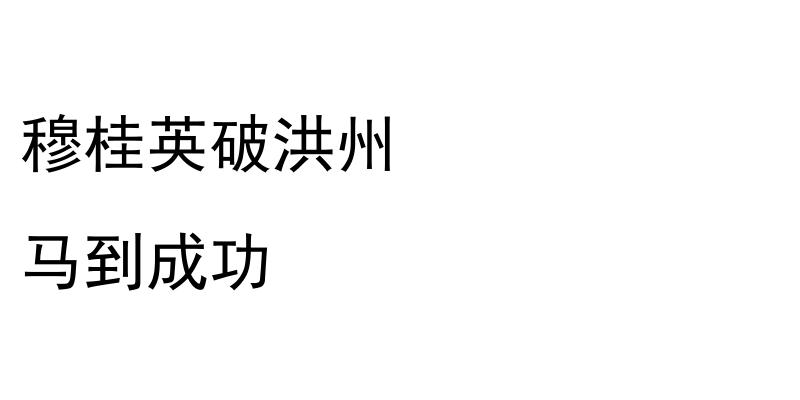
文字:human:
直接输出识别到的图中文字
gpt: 穆桂英破洪州 马到成功